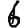
Digit: 6